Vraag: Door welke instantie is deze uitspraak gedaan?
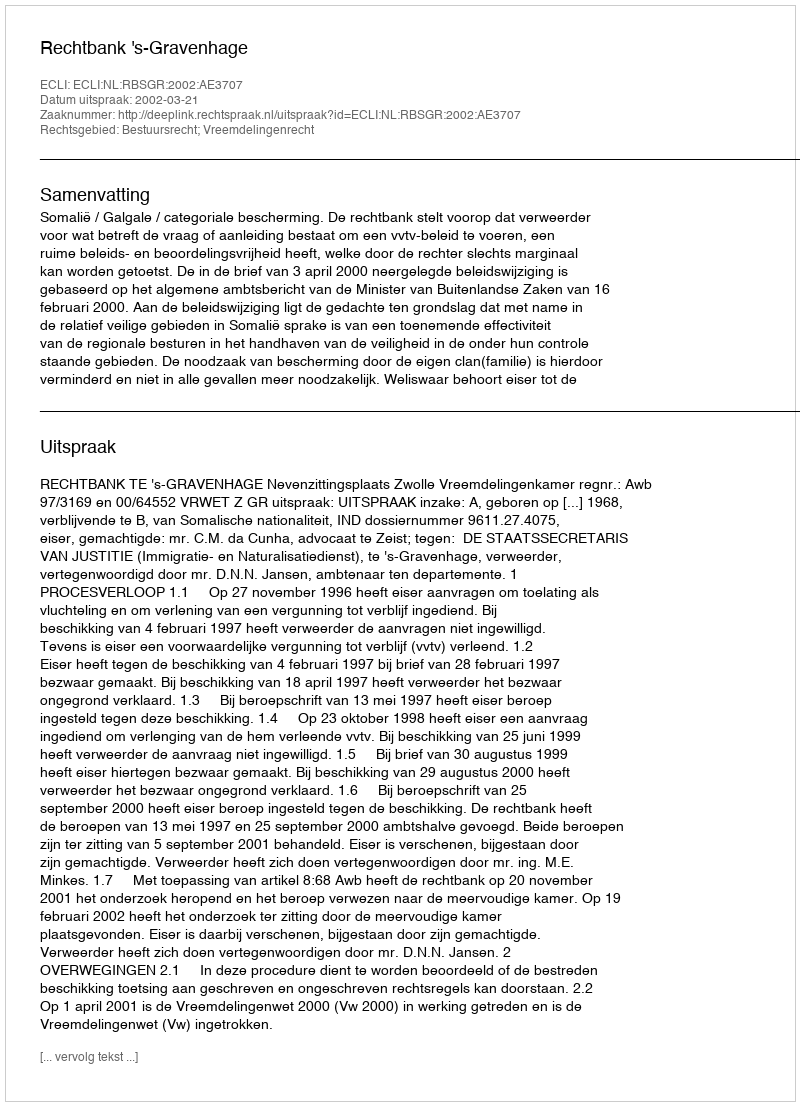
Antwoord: Rechtbank 's-Gravenhage